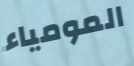
المومياء